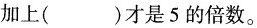
加上( )才是5的倍数。